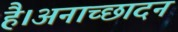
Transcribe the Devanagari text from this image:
है।अनाच्छादन